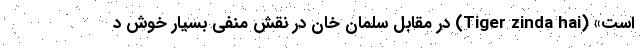
است» (Tiger zinda hai) در مقابل سلمان خان در نقش منفی بسیار خوش د